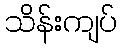
သိန်းကျပ်